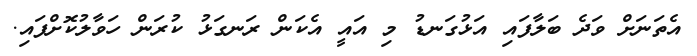
އެތަނަށް ވަދެ ބަލާފައި އަޅުގަނޑު މި އައީ އެކަން ރަނގަޅު ކުރަން ހަވާލުކޮށްފައި.